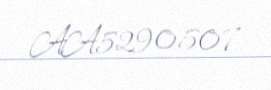
AA5290507